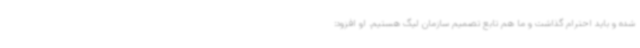
شده و باید احترام گذاشت و ما هم تابع تصمیم سازمان لیگ هستیم. او افزود: